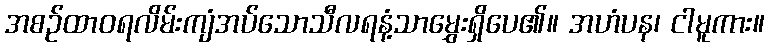
အစဉ်ထာဝရလိမ်းကျံအပ်သောသီလရနံ့သာမွှေးရှိပေ၏။ အဟံပန၊ ငါမူကား။